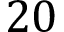
2 0